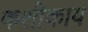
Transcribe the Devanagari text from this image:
कशीकाय